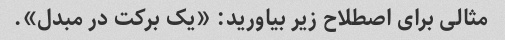
مثالی برای اصطلاح زیر بیاورید: «یک برکت در مبدل».